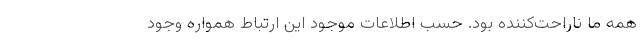
همه ما ناراحت‌كننده بود. حسب اطلاعات موجود اين ارتباط همواره وجود